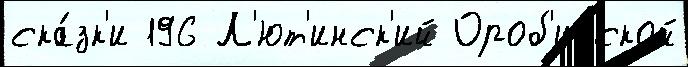
ска́зк'и 196 Л'ют'инск'ий Ороб'инской